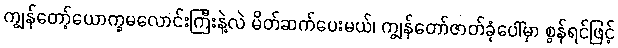
ကျွန်တော့်ယောက္ခမလောင်းကြီးနဲ့လဲ မိတ်ဆက်ပေးမယ်၊ ကျွန်တော်ဇာတ်ခုံပေါ်မှာ စွန်ရင်ဖြင့်